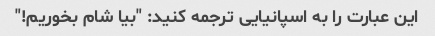
این عبارت را به اسپانیایی ترجمه کنید: "بیا شام بخوریم!"